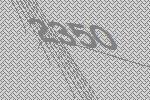
2350